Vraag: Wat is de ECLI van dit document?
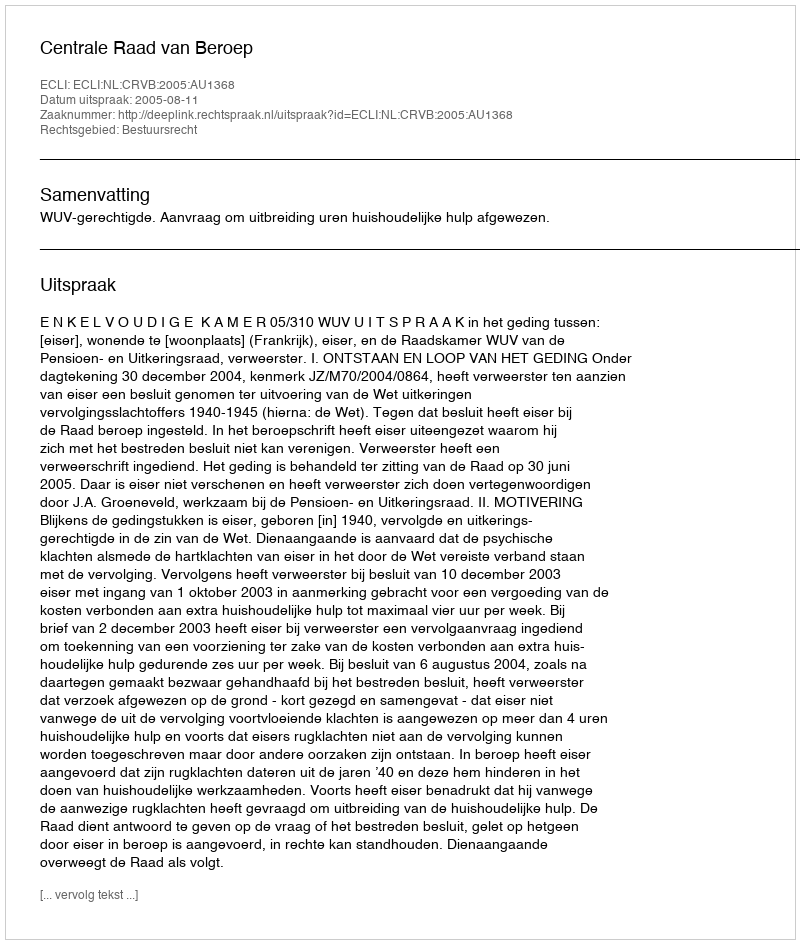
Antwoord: ECLI:NL:CRVB:2005:AU1368